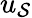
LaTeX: u_{\mathcal{S}}